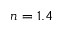
n = 1 . 4